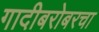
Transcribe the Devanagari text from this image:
गादीबरोबरचा